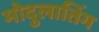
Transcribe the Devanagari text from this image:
मोदुलातिंग